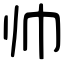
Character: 帅